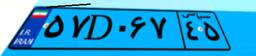
۵۷D۰۶۷۴۵